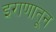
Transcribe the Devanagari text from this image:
इराणातून